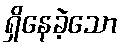
ရှိနေခဲ့သော